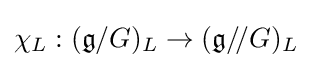
\chi _{L}:({\mathfrak {g}}/G)_{L}\to ({\mathfrak {g}}/\!/G)_{L}